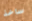
ساخذ